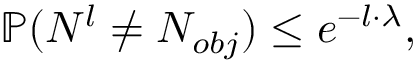
\mathbb { P } ( N ^ { l } \neq N _ { o b j } ) \le e ^ { - l \cdot \lambda } ,